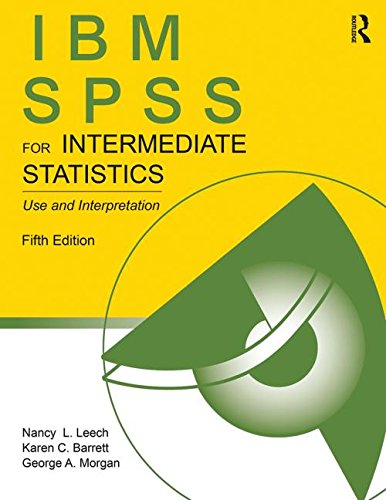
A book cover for SPSS for Introductory and Intermediate Statistics: IBM SPSS for Intermediate Statistics: Use and Interpretation, Fifth Edition; Nancy L. Leech; Computers & Technology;